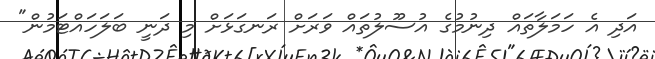
އަދި އެ ހަމަލާތައް ދިނުމުގެ އުސޫލުތައް ވަރަށް ރަނގަޅަށް މި ދަނީ ބަލަހައްޓަމުން"